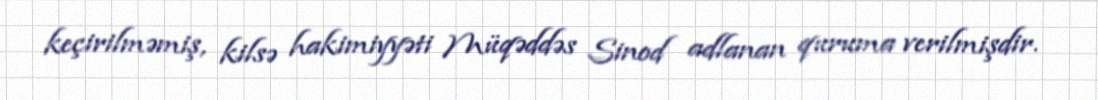
keçirilməmiş, kilsə hakimiyyəti Müqəddəs Sinod adlanan quruma verilmişdir.